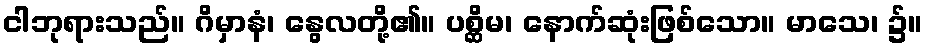
ငါဘုရားသည်။ ဂိမှာနံ၊ နွေလတို့၏။ ပစ္ဆိမ၊ နောက်ဆုံးဖြစ်သော။ မာသေ၊ ၌။